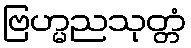
ဗြဟ္မညသုတ္တံ